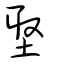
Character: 埾